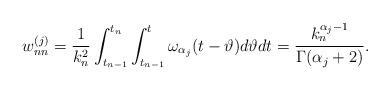
LaTeX: \begin{align*} w_{nn}^{(j)} = \frac{1}{k_n^2}\int_{t_{n-1}}^{t_n}\int_{t_{n-1}}^{t}\omega_{\alpha_j}(t-\vartheta) d\vartheta dt = \frac{k_n^{\alpha_j-1}}{\Gamma(\alpha_j+2)}. \end{align*}